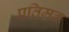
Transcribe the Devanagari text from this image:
प्रतिमठ